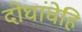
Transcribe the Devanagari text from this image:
दोघांचेहि